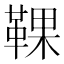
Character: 𩋗